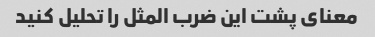
معنای پشت این ضرب المثل را تحلیل کنید